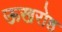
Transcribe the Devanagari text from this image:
ऊखरोष्ठ